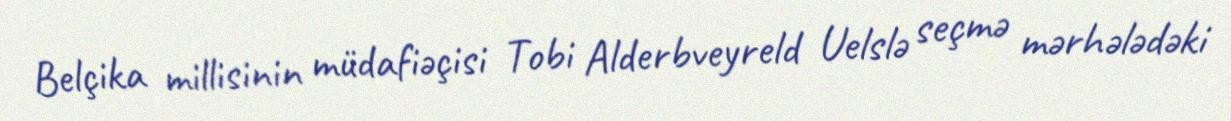
Belçika millisinin müdafiəçisi Tobi Alderbveyreld Uelslə seçmə mərhələdəki